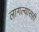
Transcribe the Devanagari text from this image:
लागल्यासही